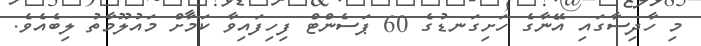
މި ހާދިސާގައި އޭނާގެ ހަށިގަނޑުގެ 60 ޕަސެންޓް ފިހިފައިވާ ކަމަށް މައުލޫމާތު ލިބެއެވެ.